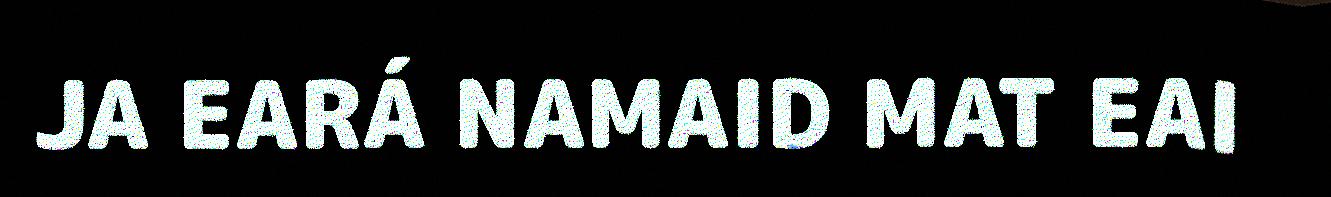
JA EARÁ NAMAID MAT EAI